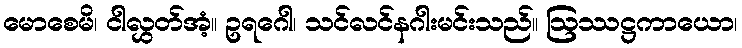
မောစေမိ၊ ငါလွှတ်အံ့။ ဥရဂေါ၊ သင်လင်နဂါးမင်းသည်။ ဩဿဋ္ဌကာယော၊